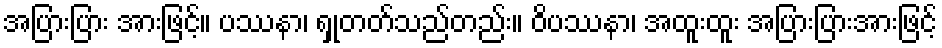
အပြားပြား အားဖြင့်။ ပဿနာ၊ ရှုတတ်သည်တည်း။ ဝိပဿနာ၊ အထူးထူး အပြားပြားအားဖြင့်